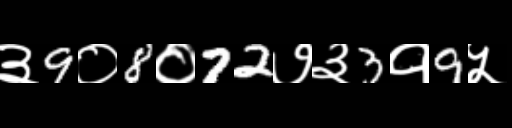
Text: ३9०8०72७३3१9५